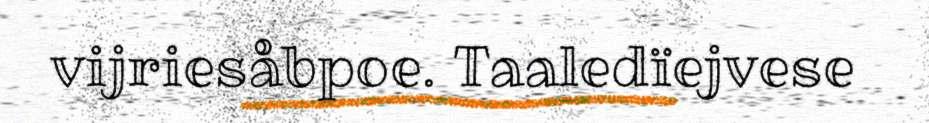
vijriesåbpoe. Taaledïejvese